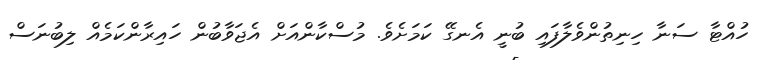
ހުއްޓާ ސަނާ ހިނިތުންވެލާފައި ބުނީ އެނގޭ ކަމަށެވެ. މުސްކާންއަށް އެޖަވާބުން ހައިރާންކަމެއް ލިބުނަސް